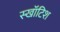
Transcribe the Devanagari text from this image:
स्खॉटिश